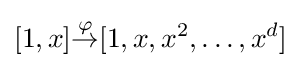
[1,x]{\mathbin {\stackrel {\varphi }{\rightarrow }}}[1,x,x^{2},\ldots ,x^{d}]